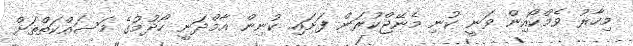
މިހާރު ވެމްކޯއިން ވަނީ ކުނި މެނޭޖްކުރަން ފަށައި ކުނިން އާމްދަނީ ހޯދުމުގެ މަސައްކަތްތަށް